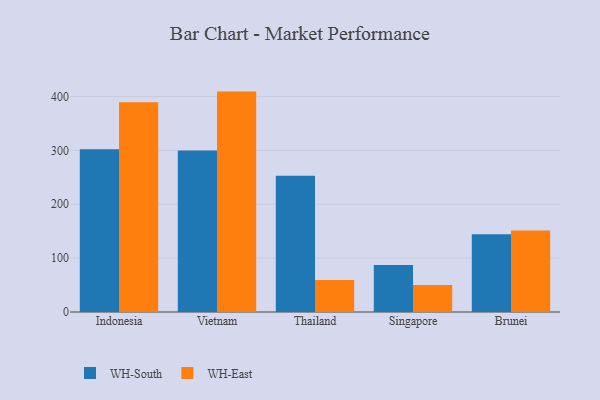
{"axis": {"x": "Country", "y": "Revenue (USD Million)"}, "legend": ["WH-East", "WH-South"], "data": [{"x": "Indonesia", "y": 302.3, "type": "WH-South"}, {"x": "Indonesia", "y": 389.5, "type": "WH-East"}, {"x": "Vietnam", "y": 300.0, "type": "WH-South"}, {"x": "Vietnam", "y": 409.2, "type": "WH-East"}, {"x": "Thailand", "y": 253.1, "type": "WH-South"}, {"x": "Thailand", "y": 59.5, "type": "WH-East"}, {"x": "Singapore", "y": 87.4, "type": "WH-South"}, {"x": "Singapore", "y": 50.1, "type": "WH-East"}, {"x": "Brunei", "y": 144.3, "type": "WH-South"}, {"x": "Brunei", "y": 151.3, "type": "WH-East"}]}